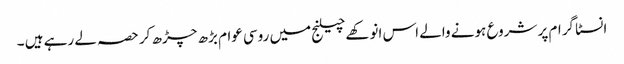
انسٹا گرام پر شروع ہونے والے اس انوکھےچیلنج میں روسی عوام بڑھ چڑھ کر حصہ لے رہے ہیں ۔